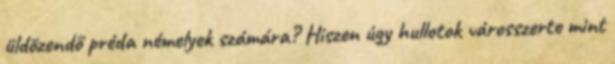
üldözendő préda némelyek számára? Hiszen úgy hullotok városszerte mint